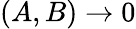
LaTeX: (A,B)\rightarrow 0